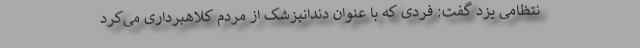
نتظامی یزد گفت: فردی که با عنوان دندانپزشک از مردم کلاهبرداری می‌کرد